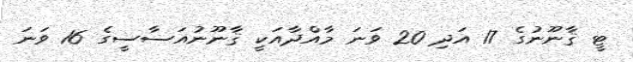
ޓީ ޤާނޫނުގެ 17 އަދި 20 ވަނަ މާއްދާއަކީ ޤާނޫނުއަސާސީގެ 16 ވަނަ